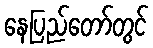
နေပြည်တော်တွင်